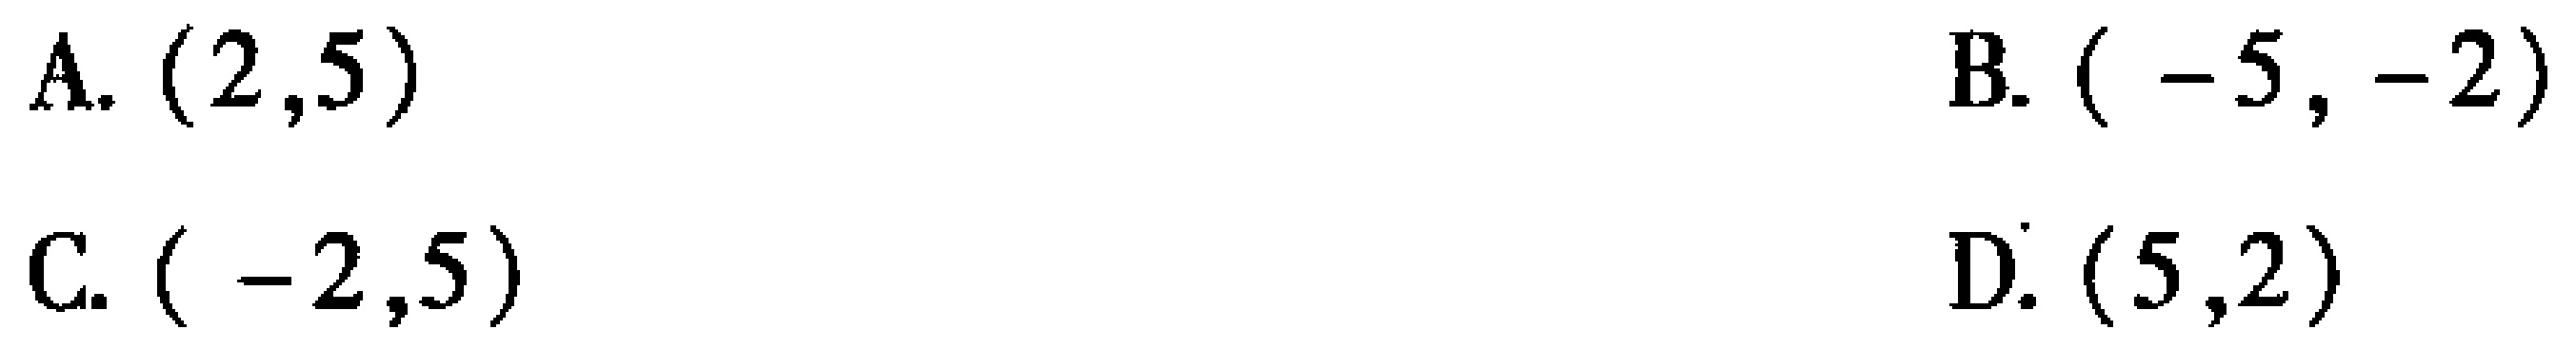
A. \((2,5)\)
B. \((-5,-2)\)
C. \((-2,5)\)
D. \((5,2)\)